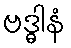
ဗဒ္ဓါနံ